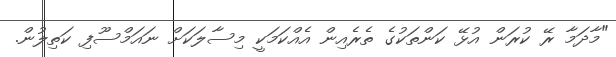
"މާދަމާ ރޭ ކުރަން އުޅޭ ކަންތަކުގެ ތެރެއިން އެއްކަމަކީ މިސާލަކަށް ނައަމްސޫފި ކަތިލުން.